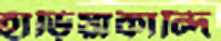
হাড়িয়াকান্দি